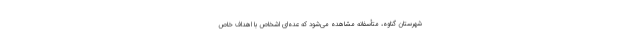
شهرستان گناوه، متأسفانه مشاهده می‌شود که عده‌ای اشخاص با اهداف خاص